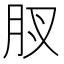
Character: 𮌋